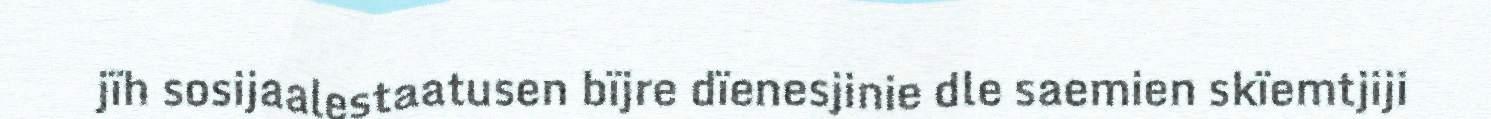
jïh sosijaalestaatusen bïjre dïenesjinie dle saemien skïemtjiji